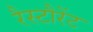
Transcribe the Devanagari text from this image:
रैस्टौरेंट